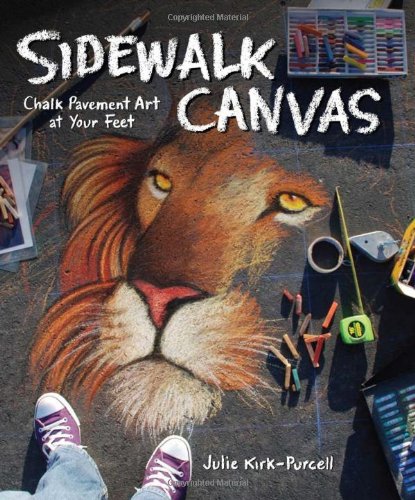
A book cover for Sidewalk Canvas: Chalk Pavement Art at Your Feet; Julie Kirk-Purcell; Arts & Photography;